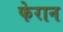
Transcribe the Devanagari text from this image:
फेरान